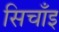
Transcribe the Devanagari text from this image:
सिचाँइ